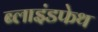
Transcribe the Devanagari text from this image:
ब्लाइंडफेथ